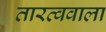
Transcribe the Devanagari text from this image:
तारत्ववाला